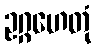
ဥဂ္ဂဟေတုံ